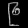
Digit: ၉